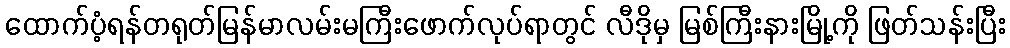
ထောက်ပံ့ရန်တရုတ်မြန်မာလမ်းမကြီးဖောက်လုပ်ရာတွင် လီဒိုမှ မြစ်ကြီးနားမြို့ကို ဖြတ်သန်းပြီး